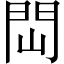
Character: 閊